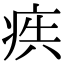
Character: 𭼋